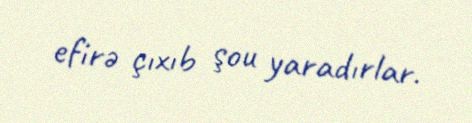
efirə çıxıb şou yaradırlar.